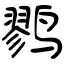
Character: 鹨